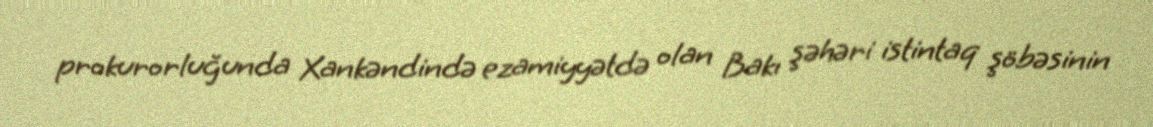
prokurorluğunda Xankəndində ezamiyyətdə olan Bakı şəhəri istintaq şöbəsinin